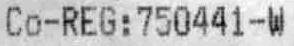
CO-REG:750441-W